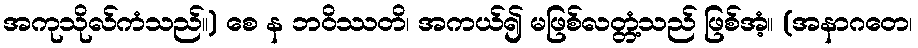
အကုသိုလ်ကံသည်။) စေ န ဘဝိဿတိ၊ အကယ်၍ မဖြစ်လတ္တံ့သည် ဖြစ်အံ့။ (အနာဂတေ၊